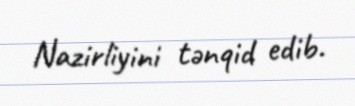
Nazirliyini tənqid edib.